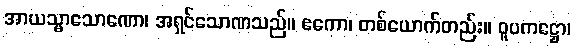
အာယသ္မာသောဏော၊ အရှင်သောဏသည်။ ဧကော၊ တစ်ယောက်တည်း။ ဝူပကဋ္ဌော၊